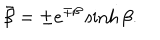
LaTeX: \bar { \beta } = \pm e ^ { \mp \beta } \sinh \beta .